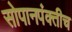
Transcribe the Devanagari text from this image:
सोपानपंक्तीच